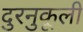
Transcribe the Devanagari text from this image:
दुरनुकूली